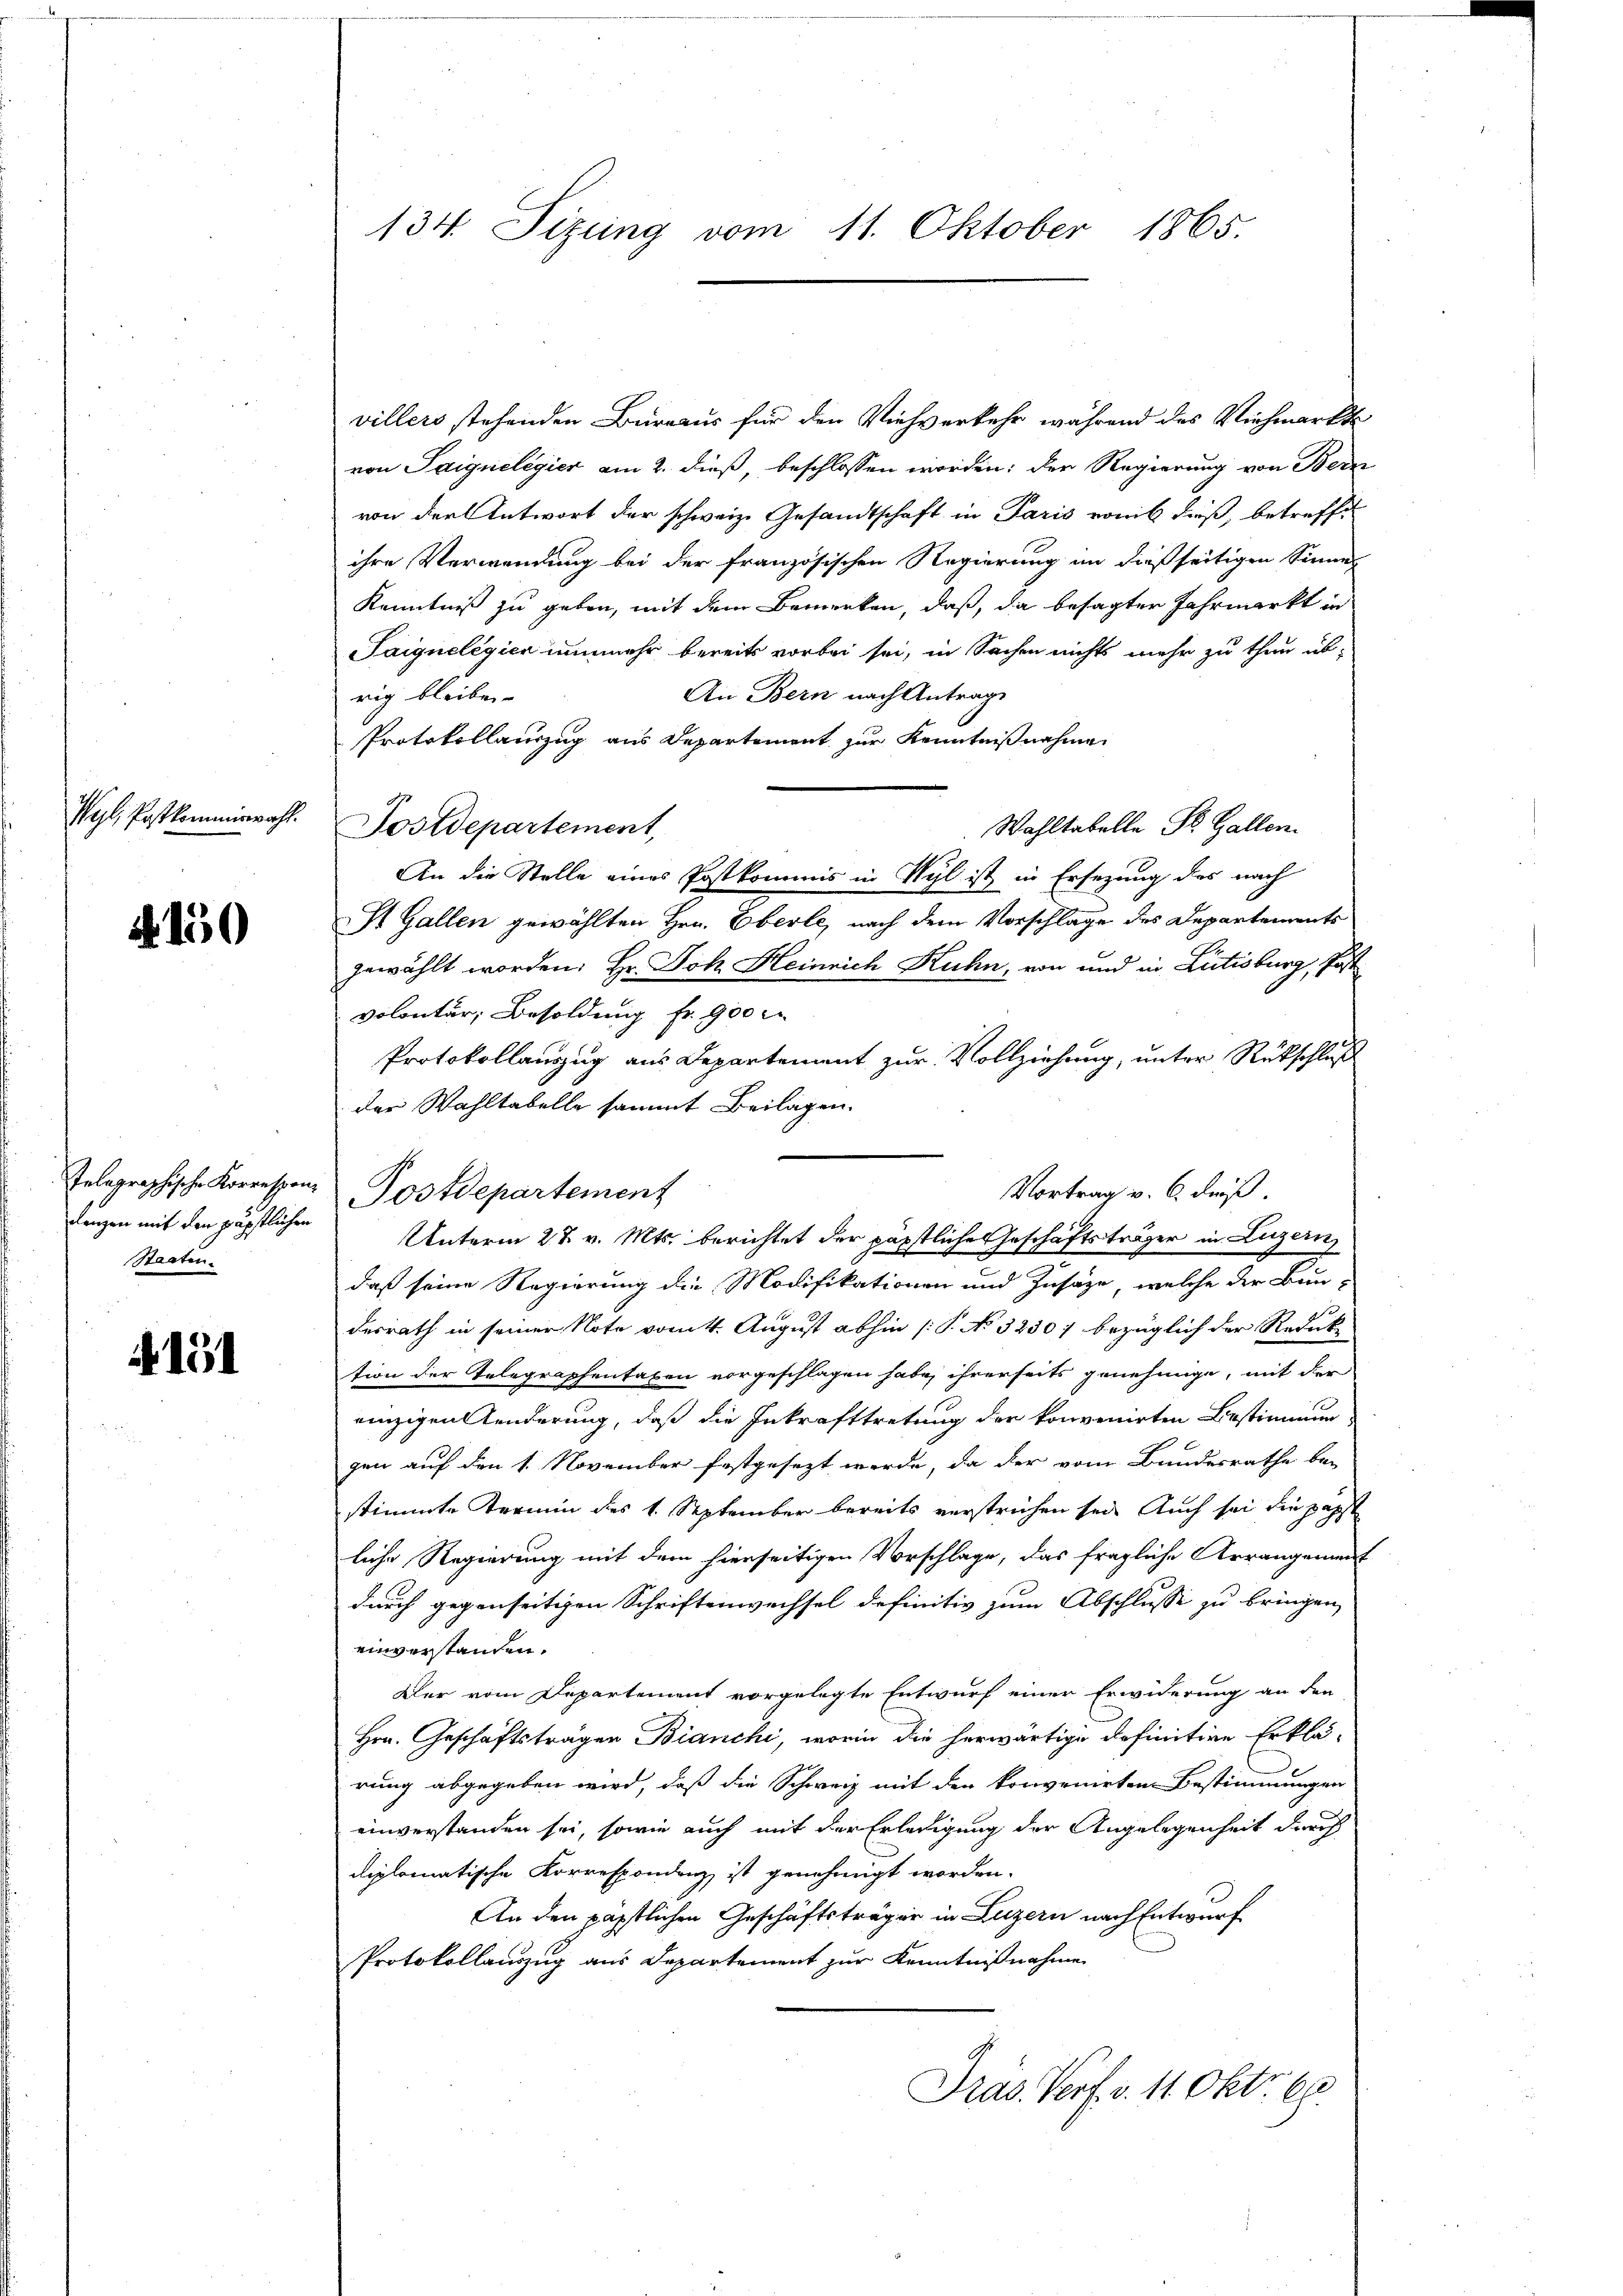
Wepl, Postkommiswahl.

.150

denzen mit den päpstlichen
Staaten.

A 151

134. Sizung vom 11. Oktober 1865.

villers stehenden Bureaus für den Viehverkehr während das Viehmarkte
von Saignelegier am 2. dieß, beschlossen worden; der Regierung von Bern
von der Antwort der schweiz. Gesandtschaft in Paris vomit dieß, betreffe
ihre Verwendung bei der französischen Regierung an dießseitigen Sinner
Kenntniß zu geben, mit dem Bemerken, daß, da besagter Jahrmarkt in
Saignelegier nunmehr bereits vorbei sei, in Sachen nichts mehr zu thun üb-
An Bern nach Antrage
rig bleiben.
Protokollauszug aus Departement zur Kenntnißnahme
Wahltabelle St. Gallen.
Postdepartement,
An die Stelle eines Postkommis in Wyl ist in Ersezung des nach
St. Gallen gewählten Hrn. Eberle, nach dem Vorschlage des Departements
gewählt worden: Hr. Joh. Heinrich Kuhn, von und in Litisburg, Past
volontur, Besoldung fr. 900
Protokollauszug aus Departement zur Vollziehung, unter Rückschluß
der Wahltabelle sammt Beilagen.
daß seine Regierung die Modifikationen und Zusage, welche der Bun-
desrath in seiner Note vom 4. August abhin (: P. No. 3230/ bezüglich der Reduk
tion der Telegraphentaben vorgeschlagen habe, ihrerseits genehmige, mit der
einzigen Aenderung, daß die Inkrafttretung der konvenirten Bestimmun
gen auf den 1. November festgesezt werde, da der vom Bundesrathe bei
stimmte Termin des 1. September bereits verstrichen sei. Auch sei die päpst
liche Regierung mit dem hierseitigen Vorschlage, das fragliche Arrangemeist
durch gegenseitigen Schriftenwechsel definitiv zum Abschlusse zu bringen,
einverstanden.
Der vom Departement vorgelegte Entwurf einer Erwiderung an den
Hrn. Geschäftsträgen Bianchi, worin die herwärtige definitive Erklä-
rung abgegeben wird, daß die Schweiz mit den konvenirten Bestimmungen
einverstanden sei, sowie auch mit der Erledigung der Angelegenheit durch
diplomatische Korrespondenz ist genehmigt worden.
An den päpstlichen Geschäftsträger in Luzern nach Entwurf
Protokollauszug aus Departement zur Kenntnißnahme
Dräs. Verf. v. 11. Okt. 68

Telegraphische Korrespons Postdepartement

Vortrag v. 6. dieß.
Unterm 27. v. Mts. berichtet der päpstliche Geschäftsträger in Luzern